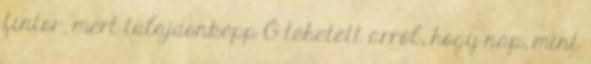
fintor, mert tulajdonképp Ő tehetett arról, hogy nap, mint